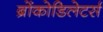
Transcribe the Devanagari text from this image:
ब्रोंकोडिलेटर्स